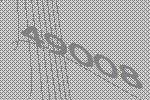
49008